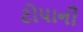
ટોપાની